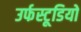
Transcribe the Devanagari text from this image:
उर्फस्टूडियो